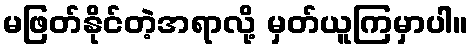
မဖြတ်နိုင်တဲ့အရာလို့ မှတ်ယူကြမှာပါ။